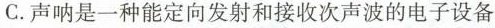
C.声呐是一种能定向发射和接收次声波的电子设备